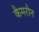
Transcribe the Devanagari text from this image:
कैमरौन